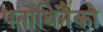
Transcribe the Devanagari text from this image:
पनाथिनैको